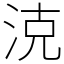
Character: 㳳